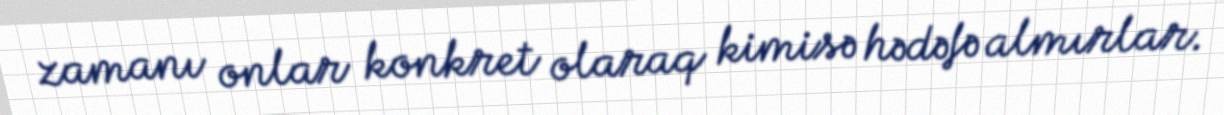
zamanı onlar konkret olaraq kimisə hədəfə almırlar.